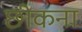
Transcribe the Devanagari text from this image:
छीकना